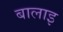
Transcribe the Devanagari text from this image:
बालाइ